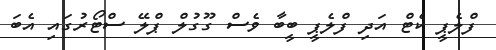
ފްލެޕީ ކެޓް އަދި ފްލެޕީ ބީބާ ވެސް ގޫގުލް ޕްލޭ ސްޓޯރުގައި އެބަ